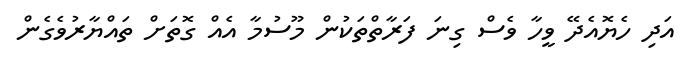
އަދި ހެޔޮއެދޭ ވީހާ ވެސް ގިނަ ފަރާތްތަކުން މޫސުމާ އެއް ގޮތަށް ތައްޔާރުވެގެން